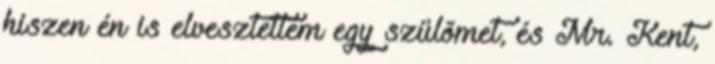
hiszen én is elvesztettem egy szülõmet, és Mr. Kent,